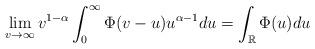
LaTeX: \begin{align*}\lim_{v \to \infty} v^{1 - \alpha} \int_{0}^{\infty} \Phi(v - u) u^{\alpha - 1} du = \int_{\mathbb{R}} \Phi(u) du \end{align*}